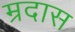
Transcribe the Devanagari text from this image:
म्रदास